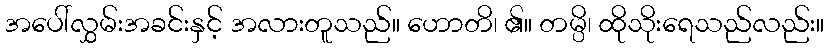
အပေါ်လွှမ်းအခင်းနှင့် အလားတူသည်။ ဟောတိ၊ ၏။ တမ္ပိ၊ ထိုသိုးရေသည်လည်း။